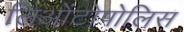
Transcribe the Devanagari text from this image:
लिओंटोपोलिस